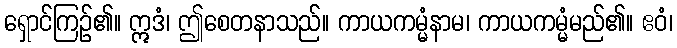
ရှောင်ကြဉ်၏။ ဣဒံ၊ ဤစေတနာသည်။ ကာယကမ္မံနာမ၊ ကာယကမ္မံမည်၏။ ဧဝံ၊